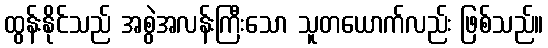
ထွန်းနိုင်သည် အစွဲအလန်းကြီးသော သူတယောက်လည်း ဖြစ်သည်။